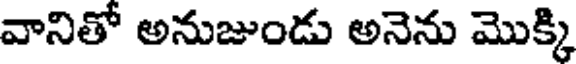
వానితో అనుజుండు అనెను మొక్కి